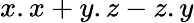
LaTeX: x.x+y.z-z.y